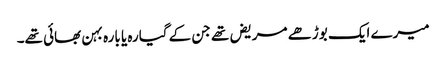
میرے ایک بوڑھے مریض تھے جن کے گیارہ یا بارہ بہن بھائی تھے۔